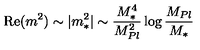
\mathrm { R e } ( m ^ { 2 } ) \sim | m _ { * } ^ { 2 } | \sim \frac { M _ { * } ^ { 4 } } { M _ { P l } ^ { 2 } } \log \frac { M _ { P l } } { M _ { * } }